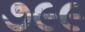
૭૯૯